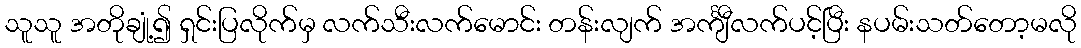
သူသူ အတိုချုံ့၍ ရှင်းပြလိုက်မှ လက်သီးလက်မောင်း တန်းလျက် အင်္ကျီလက်ပင့်ပြီး နပမ်းသတ်တော့မလို